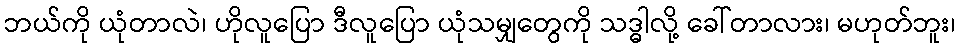
ဘယ်ကို ယုံတာလဲ၊ ဟိုလူပြော ဒီလူပြော ယုံသမျှတွေကို သဒ္ဓါလို့ ခေါ်တာလား၊ မဟုတ်ဘူး၊